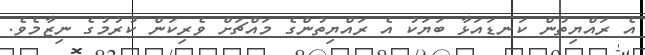
އެ ރައްޔިތުން ކަނޑައަޅާ ބަޔަކު އެ ރައްޔިތުންގެ މައްޗަށް ވެރިކަން ކުރުމުގެ ނިޒާމެވެ.